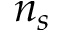
n _ { s }